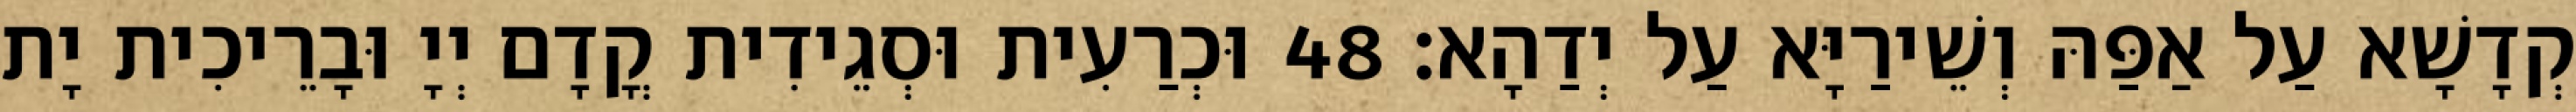
קְדָשָׁא עַל אַפַּהּ וְשֵׁירַיָּא עַל יְדַהָא׃ 48 וּכְרַעִית וּסְגֵידִית קֳדָם יְיָ וּבָרֵיכִית יָת